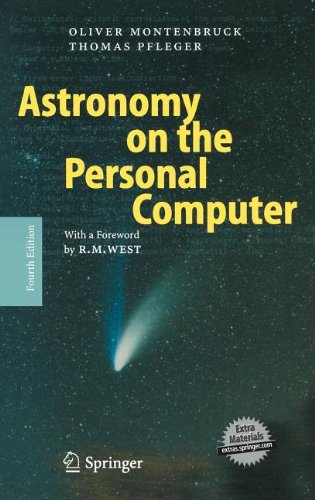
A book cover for Astronomy on the Personal Computer; Oliver Montenbruck; Science & Math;